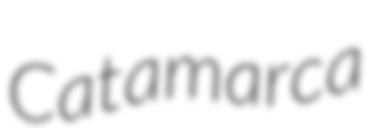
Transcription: Catamarca